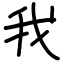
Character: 我